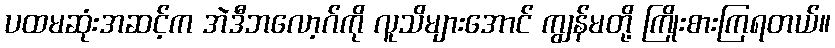
ပထမဆုံးအဆင့်က အဲဒီဘလော့ဂ်ကို လူသိများအောင် ကျွန်မတို့ ကြိုးစားကြရတယ်။